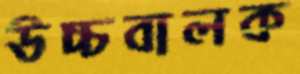
উচ্চবালক